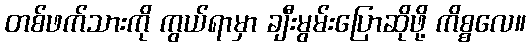
တစ်ဖက်သားကို ကွယ်ရာမှာ ချီးမွမ်းပြောဆိုဖို့ ကိစ္စလေ။